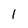
Character: 1